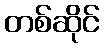
တစ်ဆိုင်